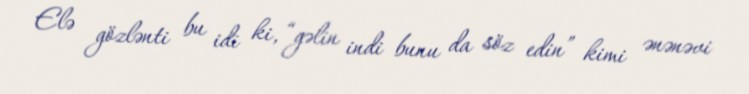
Elə gözlənti bu idi ki, “gəlin indi bunu da söz edin” kimi ənənəvi